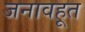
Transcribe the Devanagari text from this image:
जनावहूत